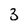
Character: 3